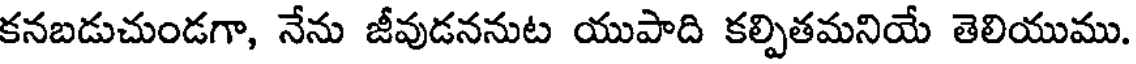
కనబడుచుండగా, నేను జీవుడననుట యుపాది కల్పితమనియే తెలియుము.